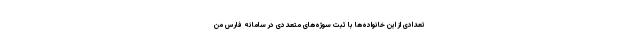
تعدادی از این خانواده‌ها با ثبت سوژه‌های متعددی در سامانه فارس من